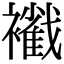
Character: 𧞩